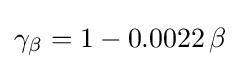
\gamma _{\beta }=1-0.0022\,\beta